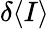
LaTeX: \delta\langle I\rangle